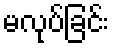
မလုပ်ခြင်း